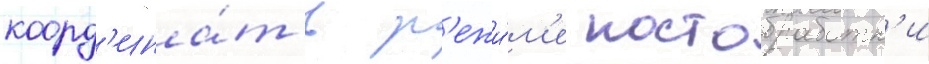
коорд'ина́т в р'ежи́м'е постобработк'и